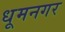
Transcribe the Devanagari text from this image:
धूमनगर